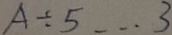
A \div 5 \cdots 3